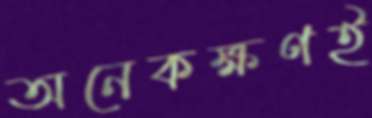
অনেকক্ষণই